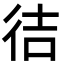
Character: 㣟